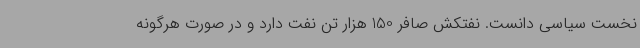
نخست سیاسی‌ دانست. نفتکش صافر 150 هزار تن نفت دارد و در صورت هرگونه